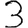
Digit: 3